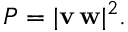
P = | \mathbf { v } \, \mathbf { w } | ^ { 2 } .